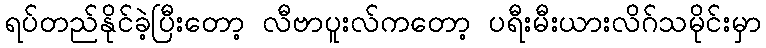
ရပ်တည်နိုင်ခဲ့ပြီးတော့ လီဗာပူးလ်ကတော့ ပရီးမီးယားလိဂ်သမိုင်းမှာ